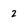
Character: 2